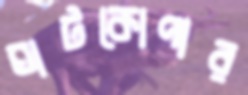
ঘাটকোপার